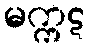
မက္ကဋ